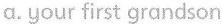
a.your first grandson